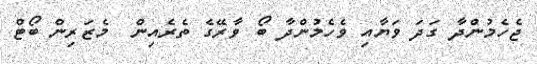
ޖެހެމުންދާ ގަދަ ވަޔާއި ވެހެމުންދާ ބޯ ވާރޭގެ ތެރެއިން  މެޒަރިން ބޯޓް